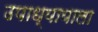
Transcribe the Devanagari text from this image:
उपाध्यायाला